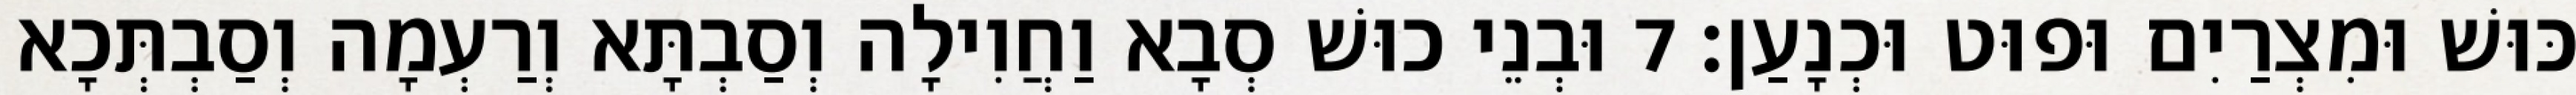
כּוּשׁ וּמִצְרַיִם וּפוּט וּכְנָעַן׃ 7 וּבְנֵי כוּשׁ סְבָא וַחֲוִילָה וְסַבְתָּא וְרַעְמָה וְסַבְתְּכָא